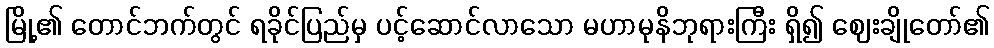
မြို့၏ တောင်ဘက်တွင် ရခိုင်ပြည်မှ ပင့်ဆောင်လာသော မဟာမုနိဘုရားကြီး ရှိ၍ ဈေးချိုတော်၏